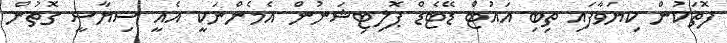
ފޮތަކުން ކިޔަވާފައި ތިބި އައުޓް ޑޭޓެޑް ޕޮޮލިޓިޝަނުން އެމެންނަކީ އެއީ ސިޔާސީ ގޮތުން